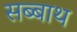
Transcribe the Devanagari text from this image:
सब्‍बाथ